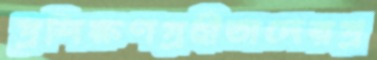
প্রশিক্ষণগ্রহীতাদেরপ্র